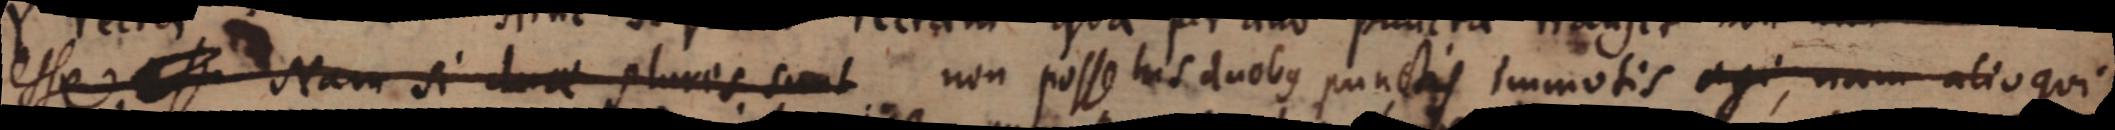
esse Nam si duae plures sint non posse his duobus punctis immotis agi, nam alioqui